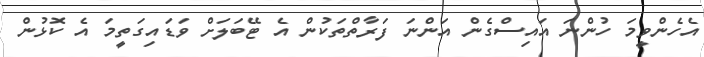
އެހެންވީމަ ހުންނަ އައިސްގެން އަންނަ ފަރާތްތަކުން އެ ޓޭބަލަށް ވަޑައިގަތީމަ އެ ކޮޅުން